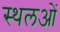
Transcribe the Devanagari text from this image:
स्थलओं